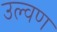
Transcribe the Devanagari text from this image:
उल्वण